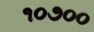
૧૦૭૦૦